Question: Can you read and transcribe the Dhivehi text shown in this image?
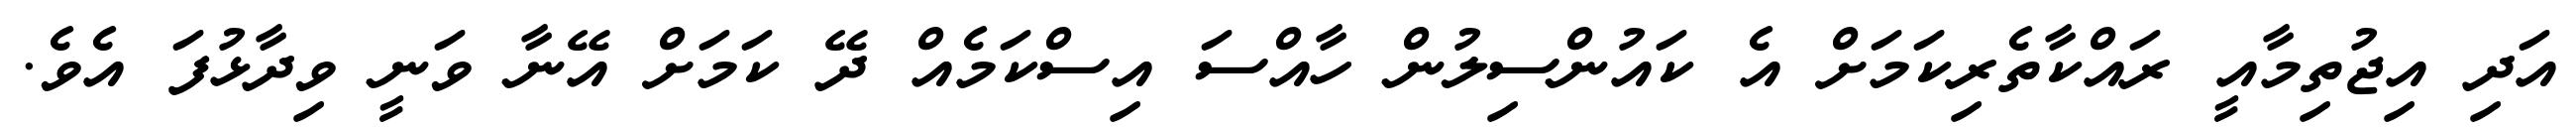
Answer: އަދި އިޖުތިމާއީ ރައްކާތެރިކަމަށް އެ ކައުންސިލުން ހާއްސަ އިސްކަމެއް ދޭ ކަމަށް އޭނާ ވަނީ ވިދާޅުފަ އެވެ.